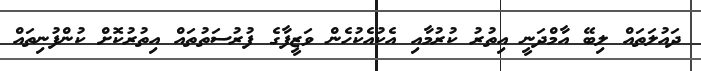
ދައުލަތައް ލިބޭ އާމްދަނީ އިތުރު ކުރުމާއި އެކުއެކުހެން ވަޒީފާގެ ފުރުސަތުތައް އިތުރުކޮށް ކުންފުނިތައް